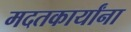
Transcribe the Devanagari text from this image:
मदतकार्यांना